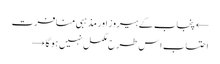
← پنجاب کے ہیروز اور مذہبی منافرت
احتساب اس طرح مکمل نہیں ہو گا →